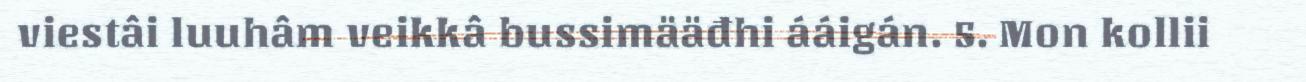
viestâi luuhâm veikkâ bussimääđhi ááigán. 5. Mon kollii